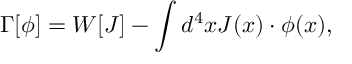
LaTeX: \Gamma [ \phi ] = W [ J ] - \int d ^ { 4 } x J ( x ) \cdot \phi ( x ) ,